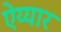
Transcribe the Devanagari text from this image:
ऐय्यार